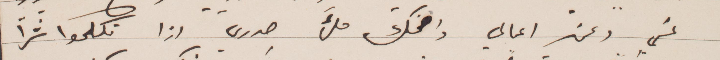
عني وعن اعمالي واضحك ملء صدري اذا تكلموا شرًا